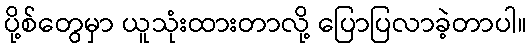
ပို့စ်တွေမှာ ယူသုံးထားတာလို့ ပြောပြလာခဲ့တာပါ။